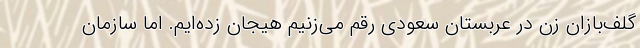
گلف‌بازان زن در عربستان سعودی رقم می‌زنیم هیجان زده‌ایم. اما سازمان